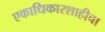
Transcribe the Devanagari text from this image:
एकाधिकारशाहीचा